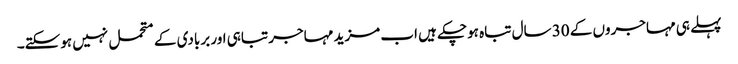
پہلے ہی مہاجروں کے 30 سال تباہ ہوچکے ہیں اب مزید مہاجر تباہی اور بربادی کے متحمل نہیں ہوسکتے۔